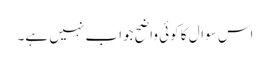
اس سوال کا کوئی واضح جواب نہیں ہے۔